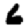
Digit: 6